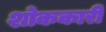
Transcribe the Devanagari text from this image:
शोककारी